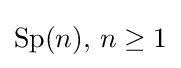
\operatorname {Sp} (n),\,n\geq 1